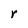
Character: r